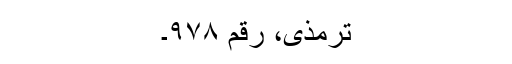
ترمذی، رقم ۹۷۸۔